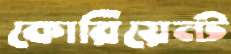
কোরিয়েন্ট